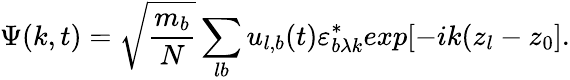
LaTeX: \Psi(k,t)=\sqrt{\frac{m_{b}}{N}}\sum_{lb}u_{l,b}(t)\varepsilon_{b\lambda k}^{\ast}exp[-ik(z_{l}-z_{0}].